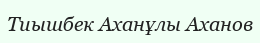
Тиышбек Аханұлы Аханов